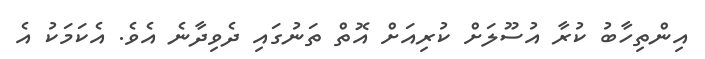
އިންތިހާބު ކުރާ އުސޫލަށް ކުރިއަށް އޮތް ތަނުގައި ދެވިދާނެ އެވެ. އެކަމަކު އެ